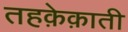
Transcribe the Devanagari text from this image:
तहक़ेक़ाती